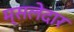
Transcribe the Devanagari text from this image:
म्सलेदार